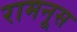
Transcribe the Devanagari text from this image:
रामनूस